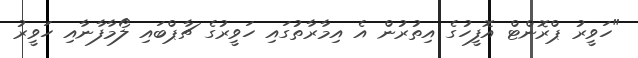
"ހަވީރު ޕްރޮންޓް އޮފީހުގެ އިތުރުން އެ އިމާރާތުގައި ހަވީރުގެ ޗާޕްބައި ލޯމާފާނާއި ހަވީރު